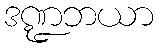
ဒဏ္ဍဘယာ